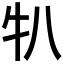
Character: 𬌙